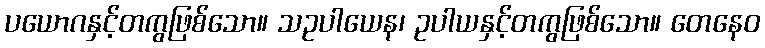
ပယောဂနှင့်တကွဖြစ်သော။ သဥပါယေန၊ ဥပါယနှင့်တကွဖြစ်သော။ တေနေဝ